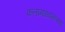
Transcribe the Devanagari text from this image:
कलामाध्यमांच्या